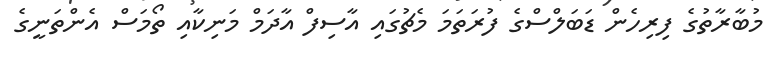
މުބާރާތުގެ ފިރިހެން ޑަބަލްސްގެ ފުރަތަމަ މެޗުގައި އާސިފް އާދަމް މަނިކާއި ތޯމަސް އެންތަނީގެ